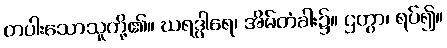
တပါးသောသူတို့၏။ ဃရဒွါရေ၊ အိမ်တံခါး၌။ ဌတွာ၊ ရပ်၍။